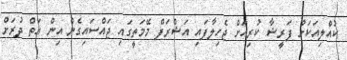
ކުއްލިއަކަށް ފަރީޝާ ކުރިއަށް ޖެހިލާފައި އަޝްރަފް މޭމަތީގައި ޖައްސައިގެން އިން އަތް ދުރަށް